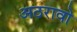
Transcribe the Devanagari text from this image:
अठरावो